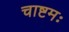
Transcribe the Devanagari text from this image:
चाष्टमः